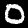
Label: 0